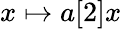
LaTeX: x\mapsto a[2]x